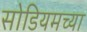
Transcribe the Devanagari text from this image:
सोडियमच्या